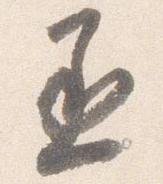
丞